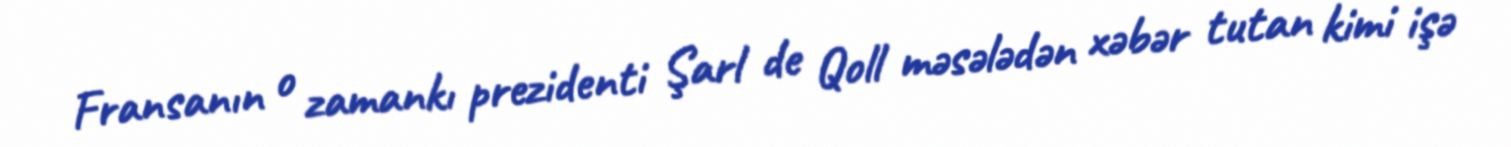
Fransanın o zamankı prezidenti Şarl de Qoll məsələdən xəbər tutan kimi işə